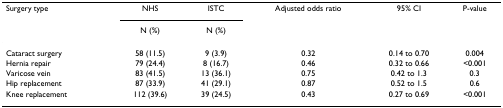
<table><thead><tr><td><b>Surgery type</b></td><td><b>NHS</b></td><td><b>ISTC</b></td><td><b>Adjusted odds ratio</b></td><td><b>95% CI</b></td><td><b>P-value</b></td></tr><tr><td></td><td><b>N (%)</b></td><td><b>N (%)</b></td><td></td><td></td><td></td></tr></thead><tbody><tr><td>Cataract surgery</td><td>58 (11.5)</td><td>9 (3.9)</td><td>0.32</td><td>0.14 to 0.70</td><td>0.004</td></tr><tr><td>Hernia repair</td><td>79 (24.4)</td><td>8 (16.7)</td><td>0.46</td><td>0.32 to 0.66</td><td>&lt;0.001</td></tr><tr><td>Varicose vein</td><td>83 (41.5)</td><td>13 (36.1)</td><td>0.75</td><td>0.42 to 1.3</td><td>0.3</td></tr><tr><td>Hip replacement</td><td>87 (33.9)</td><td>41 (29.1)</td><td>0.87</td><td>0.52 to 1.5</td><td>0.6</td></tr><tr><td>Knee replacement</td><td>112 (39.6)</td><td>39 (24.5)</td><td>0.43</td><td>0.27 to 0.69</td><td>&lt;0.001</td></tr></tbody></table>